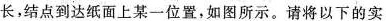
长，结点到达纸面上某一位置，如图所示。请将以下的实